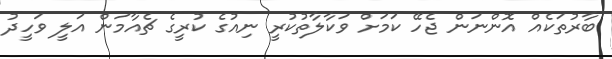
ބާރުތަކެއް އޮންނަން ޖެހޭ ކަމަށް ވަކާލާތުކުރީ ނިއުގެ ކުރީގެ ޗެއާމަން އަލީ ވަހީދު